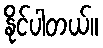
နိုင်ပါတယ်။